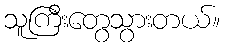
သူကြီးတွေသွားတယ်။